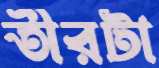
তীরটা